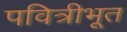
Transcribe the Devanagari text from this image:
पवित्रीभूत